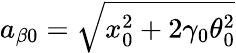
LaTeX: a_{\beta 0}=\sqrt{x_{0}^{2}+2\gamma_{0}\theta_{0}^{2}}